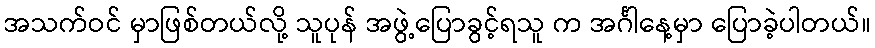
အသက်ဝင် မှာဖြစ်တယ်လို့ သူပုန် အဖွဲ့ပြောခွင့်ရသူ က အင်္ဂါနေ့မှာ ပြောခဲ့ပါတယ်။